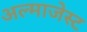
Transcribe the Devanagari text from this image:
अल्माजेस्ट